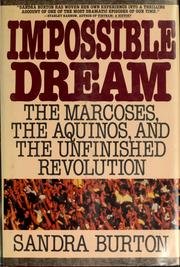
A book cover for Impossible Dream: The Marcoses, the Aquinos, and the Unfinished Revolution; Sandra Burton; History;